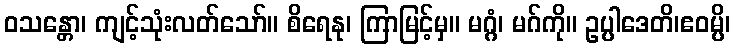
ဝသန္တော၊ ကျင့်သုံးလတ်သော်။ စိရေနု၊ ကြာမြင့်မှ။ မဂ္ဂံ၊ မဂ်ကို။ ဥပ္ပါဒေတိ၊ဧဝမ္ပိ၊